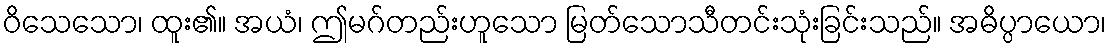
ဝိသေသော၊ ထူး၏။ အယံ၊ ဤမဂ်တည်းဟူသော မြတ်သောသီတင်းသုံးခြင်းသည်။ အဓိပ္ပာယော၊